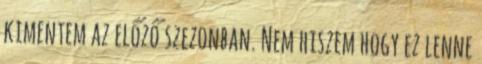
kimentem az előző szezonban. Nem hiszem hogy ez lenne